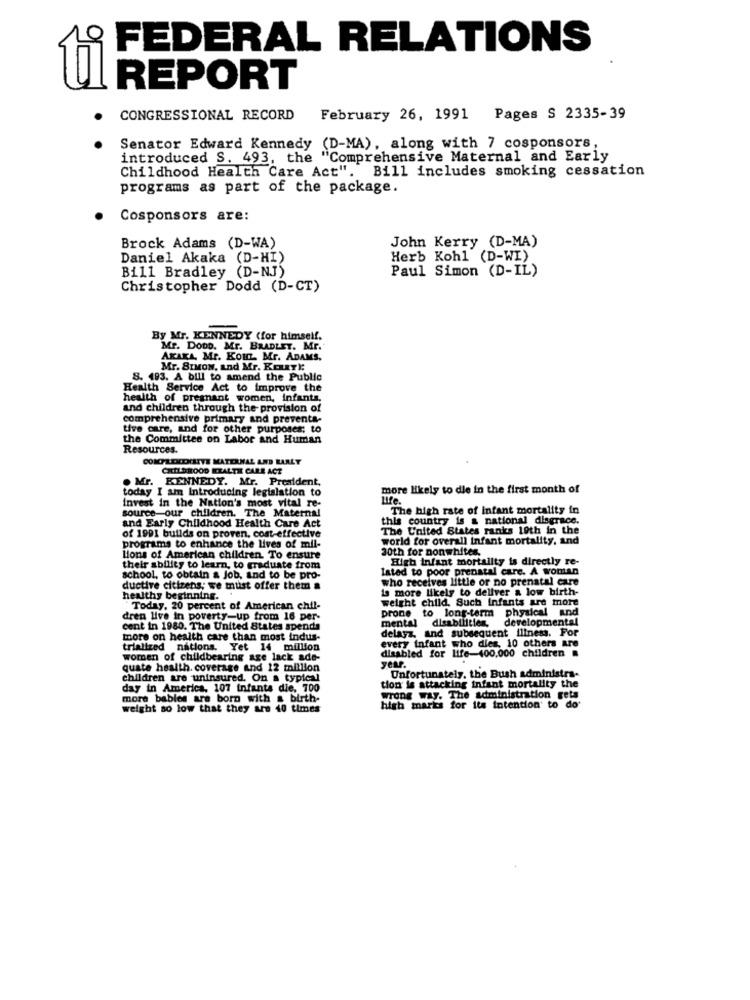
FEDERAL RELATIONS
9E
REPORT
CONGRESSIONAL RECORD
February 26, 1991 Pages S 2335-39
Senator Edward Kennedy
(D-MA), along with 7 cosponsors,
introduced S. 493, the "Comprehensive Maternal and Early
Childhood Health Care Act". Bill includes smoking cessation
programs as part of the package.
Cosponsors are:
John Kerry (D-MA)
Brock Adams (D-WA)
Daniel Akaka (D-HI)
Herb Kohl (D-WI)
Bill Bradley (D-NJ)
Paul Simon (D-IL)
Christopher Dodd (D-CT)
By Mr. KENNEDY (for himself.
Mr. Dopo. Mr. BRADLEY. Mr.
AKAKA, Mr. KOIL Mr. ADAMS.
Mr. SIMow, and Mr. KERRY):
8. 493. A bill to amend the Public
Health Service Act to Improve the
health of pregnant women, infants.
and children through the provision of
comprehensive primary and preventa-
tive care, and for other purposes; to
the Committee on Labor and Human
Resources.
COMPLEXDITTE MATERNAL AND EARLY
CHILDHOOD EEALTH CARE ACT
. Mr. KENNEDY. Mr. President,
today I am Introducing legislation to
more likely to die in the first month of
life.
invest in the Nation's most vital re-
source-our children. The Maternal
The high rate of infant mortality in
this country is a national dlegrace.
and Early Childhood Health Care Act
The United States ranks 19th in the
of 1991 builds on proven. cost-effective
world for overall Infant mortality, and
programs to enhance the lives of mil-
20th for nonwhites,
Lions of American children. To ensure
High Infant mortality is directly re-
their ability to learn, to graduate from
lated to poor prenatal care. A woman
school, to obtain a Job, and to be pro-
who receives little or no prenatal care
ductive citizens; we must offer them a
is more likely to deliver a low birth-
healthy beginning.
weight child, Such Infants are more
"Today, 20 percent of American chil-
physical And
dren live in poverty-up from 16 per-
prone to long-term
mental disabilities,
developmental
cent in 1980. The United States spends
delasz, and subsequent illness. For
more on health care than most indus-
trialized nations. Yet 14 milllion
disabled for life-400.000 children
every infant who dies, 10 others are
women of childbearing age lack ade-
quate health. coverage and 12 million
year.
children are uninsured. On a typical
Unfortunately, the Bush administra-
day in America, 107 infants die, 700
tion is attacking infant mortality the
more bables are born with a birth-
wrong way. The administration rets
weight so low that they are 40 times
high marks for its intention to